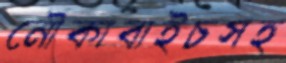
নৌকাবাইচসহ